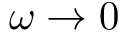
\omega \rightarrow 0